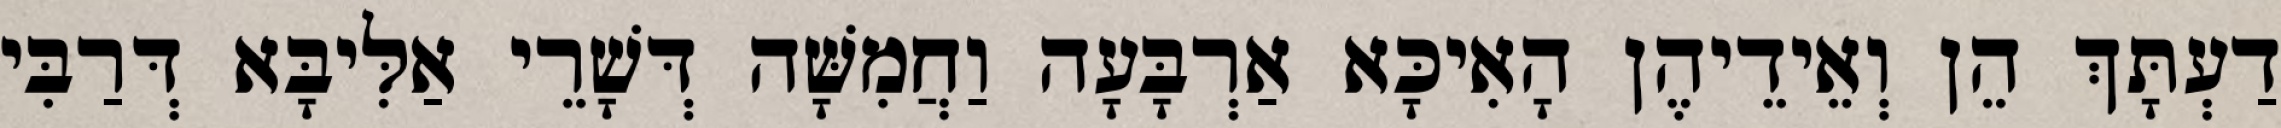
דַעְתָּךְ הֵן וְאֵידֵיהֶן הָאִיכָּא אַרְבָּעָה וַחֲמִשָּׁה דְּשָׁרֵי אַלִּיבָּא דְּרַבִּי